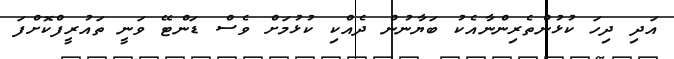
އަދި ދިހަ ކުޅުންތެރިންނާއެކު ބަޔާނުން ދެއްކި ކުޅުމަށް ވެސް ޑަންޓޭ ވަނީ ތައުރީފްކޮށްފަ